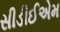
સીડીઈએમ